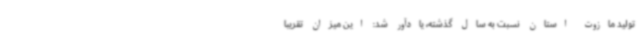
تولید مازوت استان نسبت به سال گذشته، یادآور شد: این میزان تقریبا